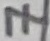
Text: 7